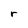
Character: r